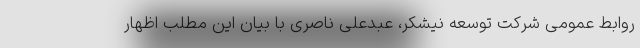
روابط عمومی شرکت توسعه نیشکر، عبدعلی ناصری با بیان این مطلب اظهار